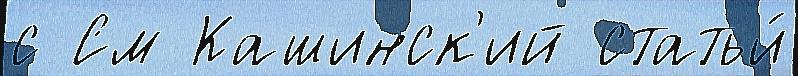
с См Кашинск'ий статьи́